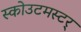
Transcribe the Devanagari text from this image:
स्कोउटमस्टर्